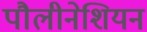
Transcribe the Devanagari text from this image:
पौलीनेशियन